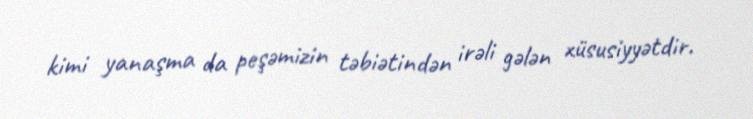
kimi yanaşma da peşəmizin təbiətindən irəli gələn xüsusiyyətdir.